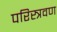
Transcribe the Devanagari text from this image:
परिस्त्रवण